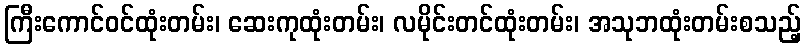
ကြီးကောင်ဝင်ထုံးတမ်း၊ ဆေးကုထုံးတမ်း၊ လမိုင်းတင်ထုံးတမ်း၊ အသုဘထုံးတမ်းစသည့်